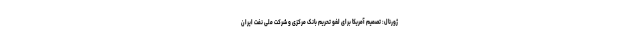
ژورنال: تصمیم آمریکا برای لغو تحریم بانک مرکزی و شرکت ملی نفت ایران